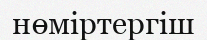
нөміртергіш